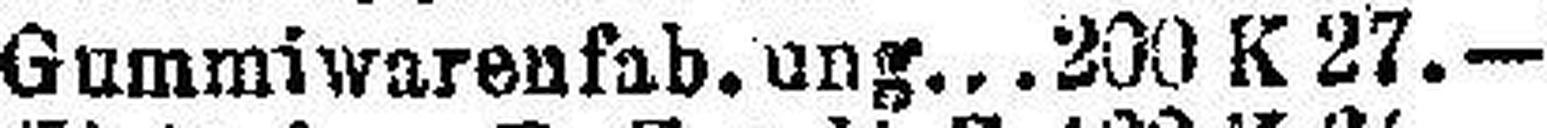
Gummiwarenfab. ung. 200 K 27.—